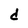
Character: d